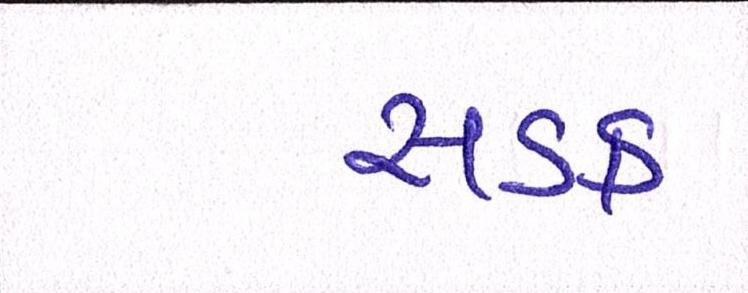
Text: સડક